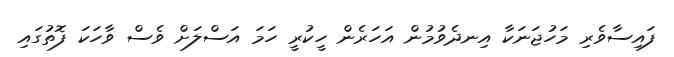
ފައިސާވެރި މަހުޖަނަކާ އިނދެވުމުން އަހަރެން ހީކުރީ ހަމަ އަސްލަށް ވެސް ވާހަކަ ފޮތުގައި